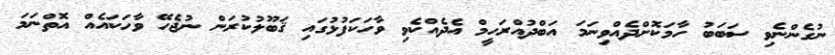
ނުގެންނެވި ސަބަބު ހާމަކޮށްދެއްވިނަމަ އަބްދުއްރަހީމް އެދެއްކެވި ވާހަކަފުޅުގައި ޤަބޫލުކުރަން ނުޖެހޭ ވާހަކައެއް އޮތްނަމަ